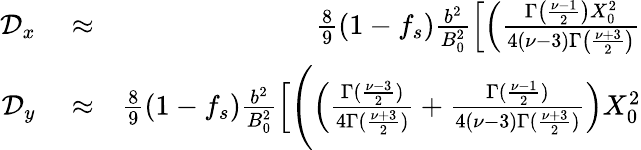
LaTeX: \begin{array}{rlr}{\mathcal{D}_{x}}&{{}\approx}&{\frac{8}{9}(1-f_{s})\frac{b^{2}}{B_{0}^{2}}\left[\left(\frac{\Gamma\left(\frac{\nu-1}{2}\right)X_{0}^{2}}{4(\nu-3)\Gamma\left(\frac{\nu+3}{2}\right)}\right.\right.}\\ {\mathcal{D}_{y}}&{{}\approx}&{\frac{8}{9}(1-f_{s})\frac{b^{2}}{B_{0}^{2}}\left[\Biggl(\left(\frac{\Gamma(\frac{\nu-3}{2})}{4\Gamma(\frac{\nu+3}{2})}+\frac{\Gamma(\frac{\nu-1}{2})}{4(\nu-3)\Gamma(\frac{\nu+3}{2})}\right)X_{0}^{2}\right.\Biggr.}\end{array}